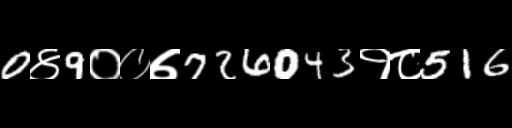
Text: 0४9००७726043१८516